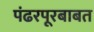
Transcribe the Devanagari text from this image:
पंढरपूरबाबत